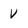
Character: V